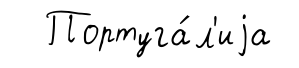
Португа́л'иjа